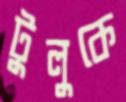
টুলুকে